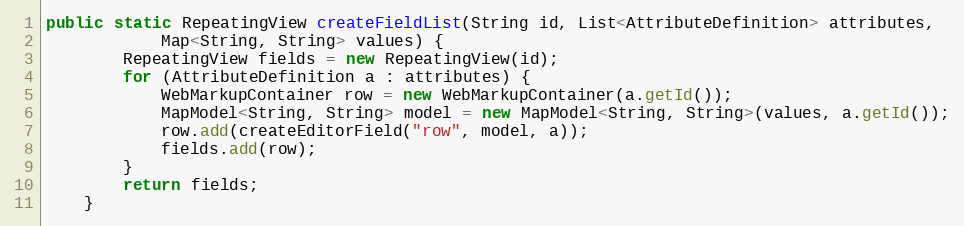
Language: Java
public static RepeatingView createFieldList(String id, List<AttributeDefinition> attributes,
            Map<String, String> values) {
        RepeatingView fields = new RepeatingView(id);
        for (AttributeDefinition a : attributes) {
            WebMarkupContainer row = new WebMarkupContainer(a.getId());
            MapModel<String, String> model = new MapModel<String, String>(values, a.getId());
            row.add(createEditorField("row", model, a));
            fields.add(row);
        }
        return fields;
    }